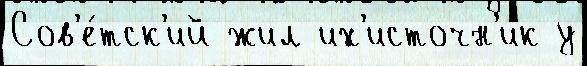
Сов'е́тск'ий жил их'источн'ик у